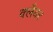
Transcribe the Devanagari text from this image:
क्लैयर